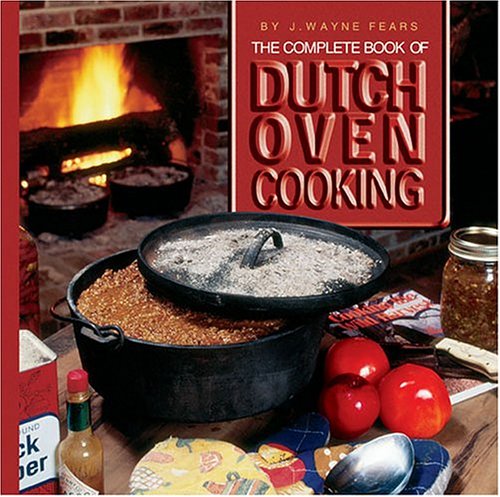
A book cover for The Complete Book of Dutch Oven Cooking; J. Wayne Fears; Cookbooks, Food & Wine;